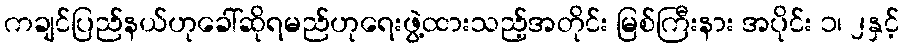
ကချင်ပြည်နယ်ဟုခေါ်ဆိုရမည်ဟုရေးဖွဲ့ထားသည့်အတိုင်း မြစ်ကြီးနား အပိုင်း ၁၊ ၂နှင့်